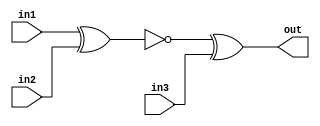
module top_module (
    input in1,
    input in2,
    input in3,
    output out);

    wire x;
    assign x = ~(in1 ^ in2);
    assign out = x ^ in3;

endmodule